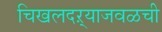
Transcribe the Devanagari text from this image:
चिखलदऱ्याजवळची